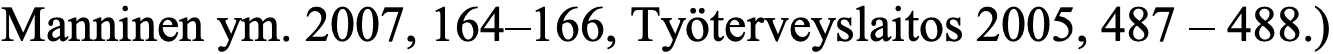
Manninen ym. 2007, 164–166, Työterveyslaitos 2005, 487 – 488.)